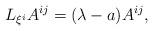
LaTeX: \begin{align*}L_{\xi ^{i}}A^{ij}=(\lambda -a)A^{ij}, \end{align*}